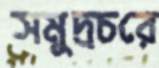
সমুদ্রচরে